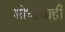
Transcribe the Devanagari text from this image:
शोधाचाही